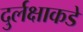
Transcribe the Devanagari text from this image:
दुर्लक्षाकडे